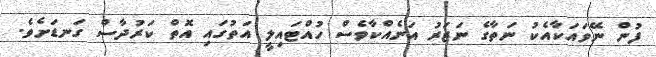
ފުން ނޭވައަކާއެކު ނަތާގެ ނަޒަރު އަނެއްކާވެސް ހުއްޓައިލީ އަތުގައި އޮތް ކަރުދާސް ގަނޑަށެވެ.